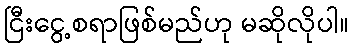
ငြီးငွေ့စရာဖြစ်မည်ဟု မဆိုလိုပါ။